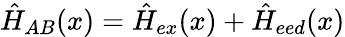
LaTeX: \hat{H}_{AB}(x)=\hat{H}_{ex}(x)+\hat{H}_{eed}(x)